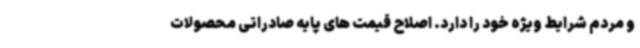
و مردم شرایط ویژه خود را دارد. اصلاح قیمت های پایه صادراتی محصولات